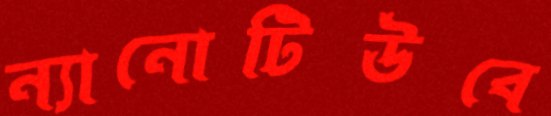
ন্যানোটিউবে